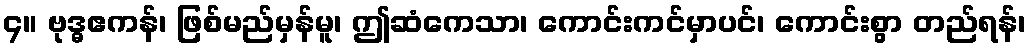
၄။ ဗုဒ္ဓဧကန်၊ ဖြစ်မည်မှန်မူ၊ ဤဆံကေသာ၊ ကောင်းကင်မှာပင်၊ ကောင်းစွာ တည်ရန်၊